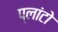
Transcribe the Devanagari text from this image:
प्‍लांटो